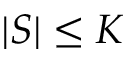
| S | \leq K